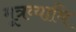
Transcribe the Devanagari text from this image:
मूत्रव्याधि